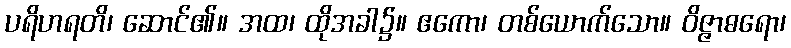
ပရိဟရတိ၊ ဆောင်၏။ အထ၊ ထိုအခါ၌။ ဧကော၊ တစ်ယောက်သော။ ဝိဇ္ဇာဓရော၊